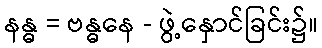
နန္ဓ = ဗန္ဓနေ - ဖွဲ့နှောင်ခြင်း၌။